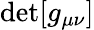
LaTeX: \operatorname*{det}[g_{\mu\nu}]